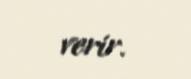
verir.